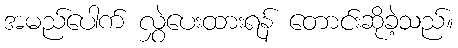
အမည်ပေါက် လွှဲပေးထားရန် တောင်းဆိုခဲ့သည်။